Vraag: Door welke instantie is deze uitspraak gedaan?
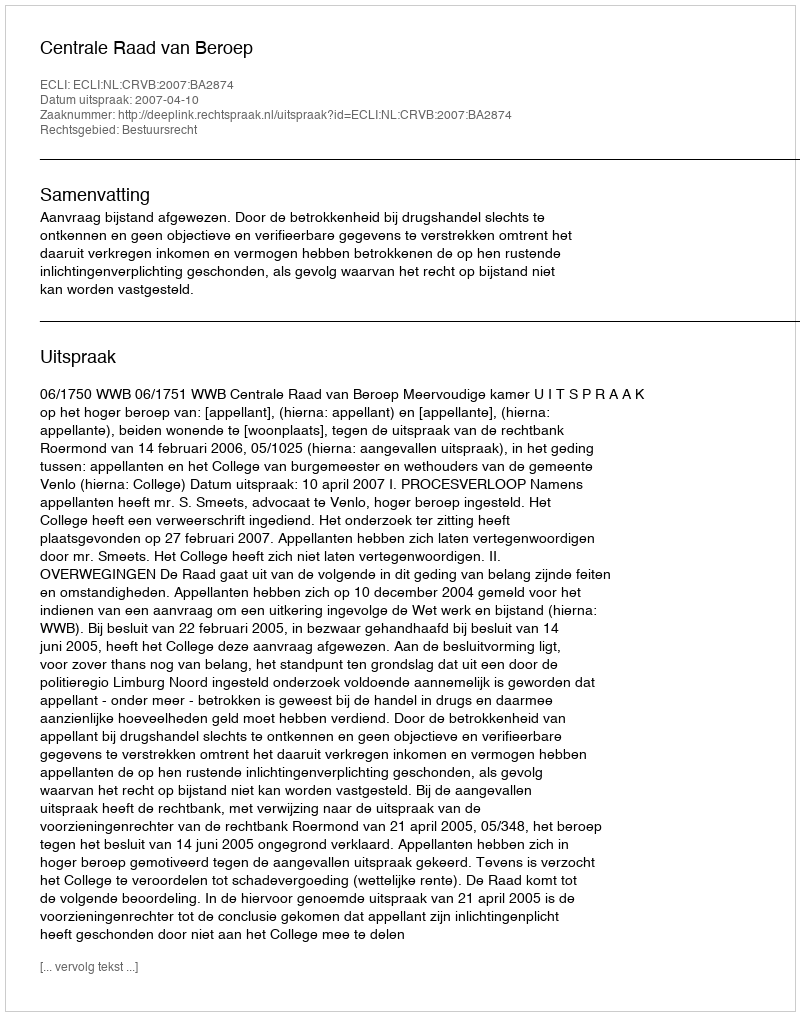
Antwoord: Centrale Raad van Beroep